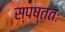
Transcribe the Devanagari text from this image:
स्पष्ततः